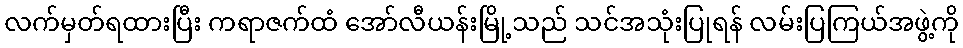
လက်မှတ်ရထားပြီး ကရာဇက်ထံ အော်လီယန်းမြို့သည် သင်အသုံးပြုရန် လမ်းပြကြယ်အဖွဲ့ကို